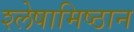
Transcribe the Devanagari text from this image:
श्लेषामिष्ठान